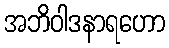
အဘိဝါဒနာရဟော